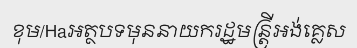
ខុម/Haអត្ថបទមុននាយករដ្ឋមន្ត្រីអង់គ្លេស